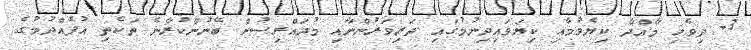
3- ދިވެހި މާއްދާ ކިޔެވުމާއި ކިޔަވައިދިނުމުގައި ދަރިވަރުންނާއި މުދައްރިސުން ބޭނުންކުރާނެ ތަކެތި އުފެއްދުމުގެ